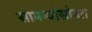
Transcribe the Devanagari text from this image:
सामन्यांसोबत